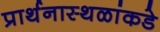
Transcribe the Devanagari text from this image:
प्रार्थनास्थळांकडे